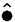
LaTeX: \widehat{\bullet}